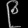
Digit: ၉